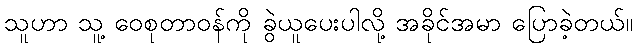
သူဟာ သူ့ ဝေစုတာဝန်ကို ခွဲယူပေးပါလို့ အခိုင်အမာ ပြောခဲ့တယ်။